Indian journal of veterinary science and animal husbandry - Volume 10,
Year: 1940
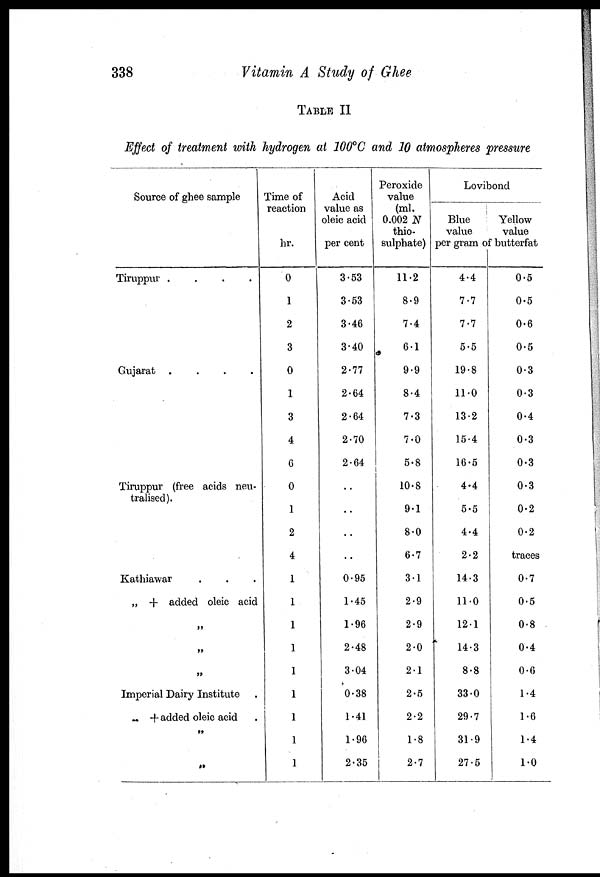
338
Vitamin A Study of Ghee
TABLE II
Effect of treatment with hydrogen at 100°C and 10 atmospheres pressure
Source of ghee sample
Tiruppur .
. . .
Gujarat .
.
.
.
Tiruppur (free acids neu-
tralised).
Kathiawar . .
„ + added oleic acid
„
„
„
Imperial Dairy Institute .
+ added oleic acid .
„
„
Time of
reaction
hr.
0
1
2
3
0
1
3
4
6
0
1
2
4
1
1
1
1
1
1
1
1
1
Acid
value as
oleic acid
per cent
3.53
3.53
3.46
3.40
2.77
2.64
2.64
2.70
2.64
..
..
..
..
0.95
1.45
1.96
2.48
3.04
0.38
1.41
1.96
2.35
Peroxide
value
(ml.
0.002 N
thio.
sulphate)
11.2
8.9
7.4
6.1
9.9
8.4
7.3
7.0
5.8
10.8
9.1
8.0
6.7
3.1
2.9
2.9
2.0
2.1
2.5
2.2
1.8
2.7
Lovibond
Blue
value
Yellow
value
per gram of butterfat
4.4
7.7
7.7
5.5
19.8
11.0
13.2
15.4
16.5
4.4
5.5
4.4
2.2
14.3
11.0
121
14.3
8.8
33.0
29.7
31 .9
27.5
0.5
0.5
0.6
0.5
0.3
0.3
0.4
0.3
0.3
0.3
0.2
0.2
traces
0.7
0.5
0.8
0.4
0.6
1.4
1.6
1.4
1.0